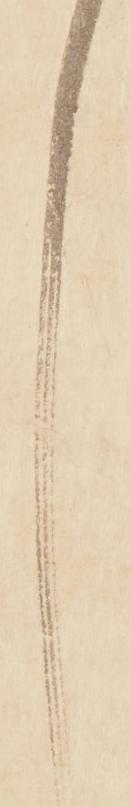
し